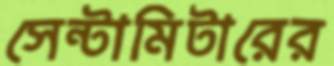
সেন্টামিটারের